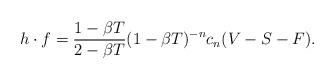
LaTeX: \begin{align*} h\cdot f = \frac{1-\beta T}{2-\beta T} (1-\beta T)^{-n} c_n(V-S-F).\end{align*}